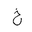
Letter: _kha